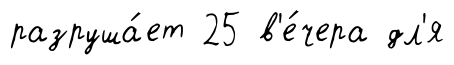
разруша́ет 25 в'е́чера дл'я